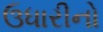
ઉધારીનો